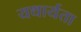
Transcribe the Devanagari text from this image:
यथार्यता